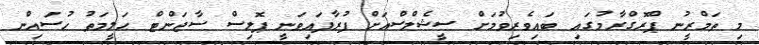
މި ތަމްރީނު ޕްރޮގްރާމުގައި ބައިވެރިވުމަށް ސީޝެލްސްއަށް ފުރާފައިވަނީ ޕޮލިސް ސާޖަންޓް ޙަލީމަތު ހުސައިން